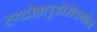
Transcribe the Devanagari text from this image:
ह्य्द्रोफ़्लुओरोकर्बोन